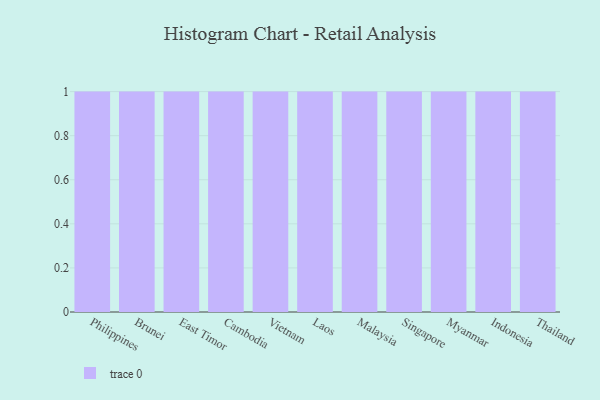
{"axis": {"x": "Country", "y": "Operating Costs (USD K)"}, "legend": [""], "data": [{"x": "Philippines", "y": 29, "type": ""}, {"x": "Brunei", "y": 40, "type": ""}, {"x": "East Timor", "y": 8, "type": ""}, {"x": "Cambodia", "y": 63, "type": ""}, {"x": "Vietnam", "y": 70, "type": ""}, {"x": "Laos", "y": 17, "type": ""}, {"x": "Malaysia", "y": 18, "type": ""}, {"x": "Singapore", "y": 9, "type": ""}, {"x": "Myanmar", "y": 39, "type": ""}, {"x": "Indonesia", "y": 94, "type": ""}, {"x": "Thailand", "y": 31, "type": ""}]}